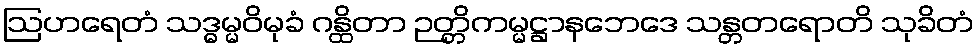
ဩဟရေတံ သဒ္ဓမ္မဝိမုခံ ဂန္ထိတာ ဉတ္တိကမ္မဋ္ဌာနဘေဒေ သန္တတရောတိ သုခိတံ